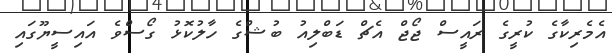
އެމެރިކާގެ ކުރީގެ ރައީސް ޖޯޖް އެޗް ޑަބްލިއު ބުޝްގެ ހާލުކޮޅު ގޯސްވެ އައިސީޔޫގައި